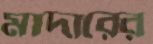
মাদারের